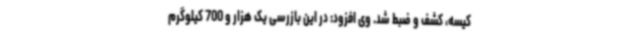
کیسه، کشف و ضبط شد. وی افزود: در این بازرسی یک هزار و 700 کیلوگرم